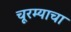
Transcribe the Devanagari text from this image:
चूरम्याचा